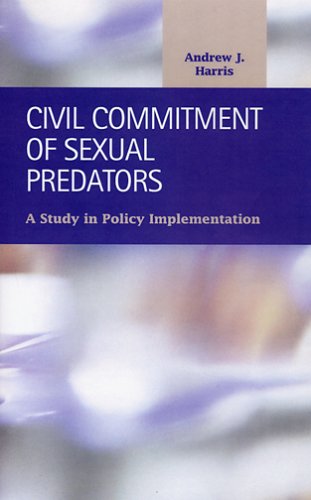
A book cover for Civil Commitment of Sexual Predators: A Study in Policy Implementation (Criminal Justice); Andrew J. Harris; Law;